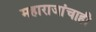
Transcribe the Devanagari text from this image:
महाराजांचाही